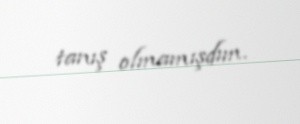
tanış olmamışdım.